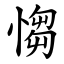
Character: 㥮